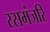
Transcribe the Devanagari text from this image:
रसमंजरि